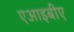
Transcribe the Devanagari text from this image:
एआइबीए